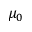
\mu _ { 0 }